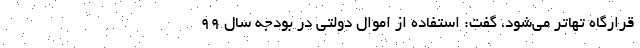
قرارگاه تهاتر می‌شود، گفت: استفاده از اموال دولتی در بودجه سال 99